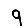
Digit: 9